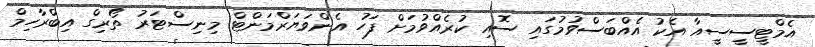
އެމްޓީސީސީއާ އެކު އެއްބަސްވުމުގައި ސޮއި ކުރެއްވުމަށް ފަހު އެންވަޔަރްމަންޓް މިނިސްޓަރު ތޯރިގް އިބްރާހިމް